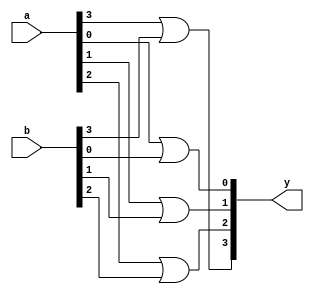
module or_gate4
(
	input [3:0] a,b,
	output [3:0] y
);

	or o0(y[0], a[0], b[0]);
	or o1(y[1], a[1], b[1]);
	or o2(y[2], a[2], b[2]);
	or o3(y[3], a[3], b[3]);

endmodule